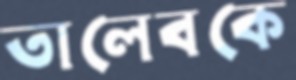
তালেবকে